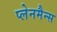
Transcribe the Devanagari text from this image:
प्लेनमैन्स